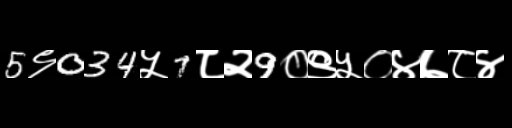
Text: 5९034५7८२9०९५०४७८४